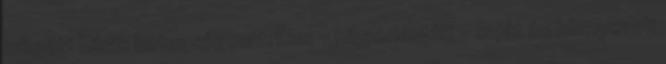
mögött Hibái: betegségcentrikus - hibaorientált - saját és környezeti